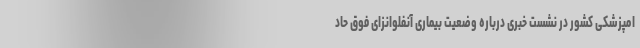
امپزشکی کشور در نشست خبری درباره وضعیت بیماری آنفلوانزای فوق حاد